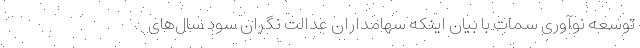
توسعه نوآوری سمات با بیان اینکه سهامداران عدالت نگران سود سال‌های